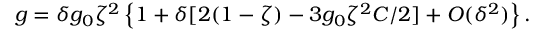
g = \delta g _ { 0 } \zeta ^ { 2 } \left\{ 1 + \delta [ 2 ( 1 - \zeta ) - 3 g _ { 0 } \zeta ^ { 2 } C / 2 ] + O ( \delta ^ { 2 } ) \right\} .